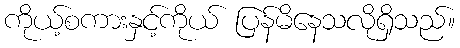
ကိုယ့်စကားနှင့်ကိုယ် ပြန်မိနေသလိုရှိသည်။